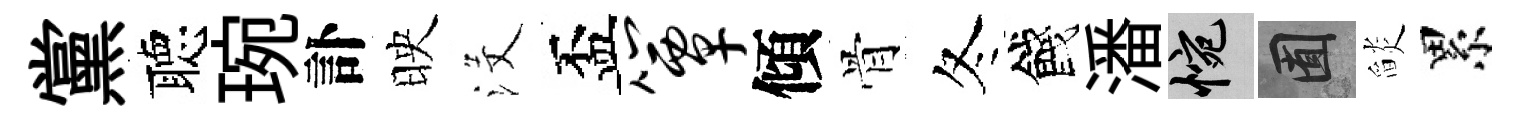
黨聴琬訃映沒盃簟傾骨冬餞潘惋囿𦦨累